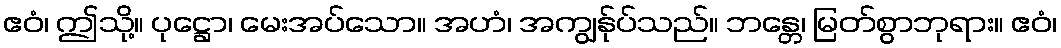
ဧဝံ၊ ဤသို့။ ပုဋ္ဌော၊ မေးအပ်သော။ အဟံ၊ အကျွန်ုပ်သည်။ ဘန္တေ၊ မြတ်စွာဘုရား။ ဧဝံ၊